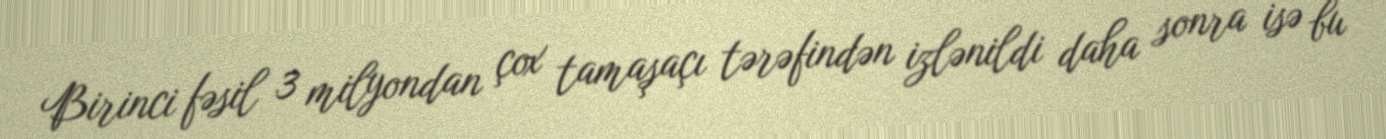
Birinci fəsil 3 milyondan çox tamaşaçı tərəfindən izlənildi daha sonra isə bu